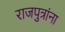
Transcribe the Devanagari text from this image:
राजपुत्रांना